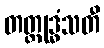
တတ္ထုဒ္ဓံသတီ